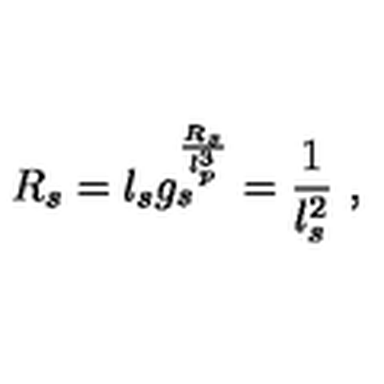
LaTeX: R _ { s } = l _ { s } g _ { s } \sp \frac { R _ { s } } { l _ { p } ^ { 3 } } = \frac { 1 } { l _ { s } ^ { 2 } } \ ,